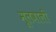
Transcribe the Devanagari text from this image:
मूलवाली